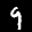
Label: 9